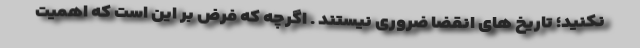
نکنید؛ تاریخ های انقضا ضروری نیستند . اگرچه که فرض بر این است که اهمیت